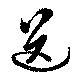
送